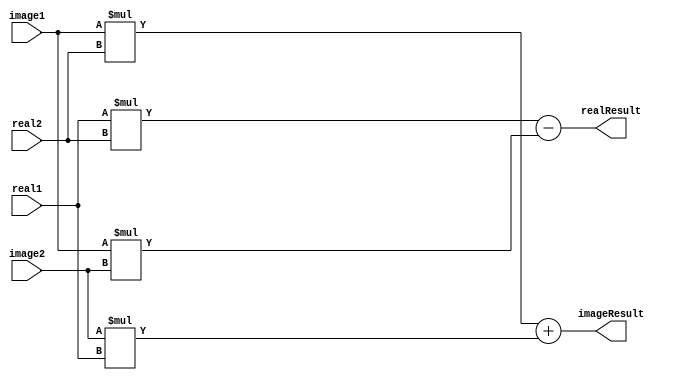
module Mult(
	input wire [3:0] real1,
	input wire [3:0] image1,
	input wire [3:0] real2,
	input wire [3:0] image2,
	output wire [3:0] realResult,
	output wire [3:0] imageResult);

assign realResult[3:0] = (real1*real2 - image1*image2);
assign imageResult[3:0] = (image1 * real2 + image2*real1);

endmodule